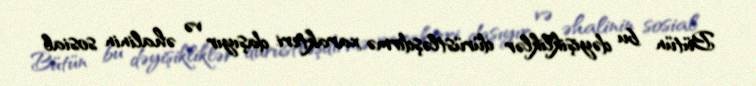
Bütün bu dəyişikliklər dürüstləşdirmə xarakteri daşıyır və əhalinin sosial